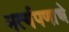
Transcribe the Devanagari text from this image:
मर्त्यपणाचे